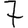
Digit: 7